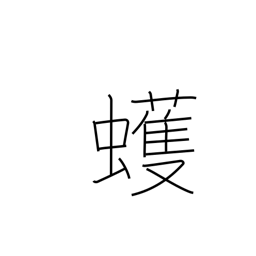
Meaning: geometer